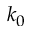
k _ { 0 }